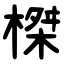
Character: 榤